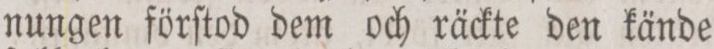
nungen förſtod dem och räckte den kände